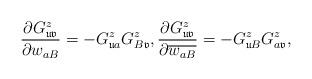
LaTeX: \begin{align*}\frac{\partial G^{z}_{\mathfrak{uv}}}{\partial w_{aB}}=-G^{z}_{\mathfrak{u}a}G^{z}_{B\mathfrak{v}}, \frac{\partial G^{z}_{\mathfrak{uv}}}{\partial \overline{w_{aB}}}=-G^{z}_{\mathfrak{u}B}G^{z}_{a\mathfrak{v}}, \end{align*}